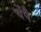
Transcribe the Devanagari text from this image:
चेंपै